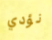
نؤدي